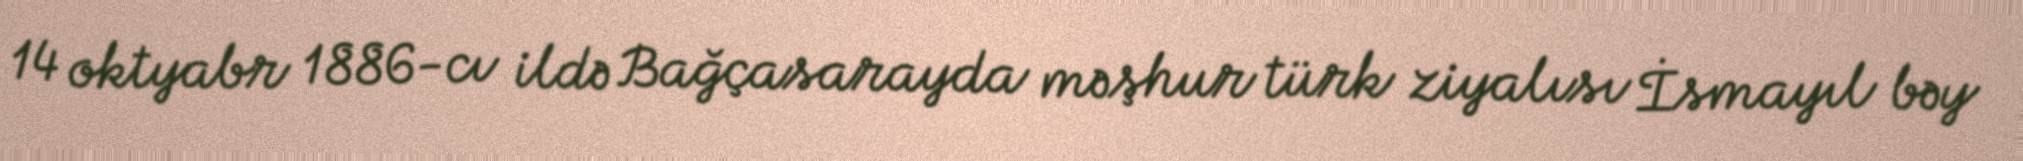
14 oktyabr 1886-cı ildə Bağçasarayda məşhur türk ziyalısı İsmayıl bəy